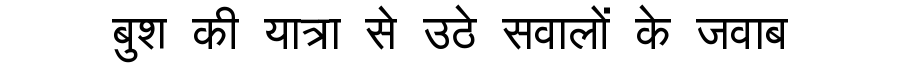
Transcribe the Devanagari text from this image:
बुश की यात्रा से उठे सवालों के जवाब